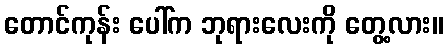
တောင်ကုန်း ပေါ်က ဘုရားလေးကို တွေ့လား။